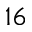
1 6